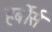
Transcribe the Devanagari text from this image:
हर्बोर्स